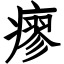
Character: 瘳